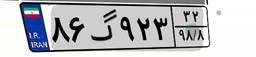
۸۶گ۹۲۳۳۲